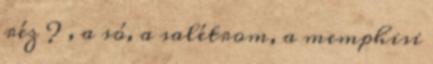
réz ? , a só, a salétrom, a memphisi